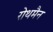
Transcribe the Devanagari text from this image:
रोथमैन